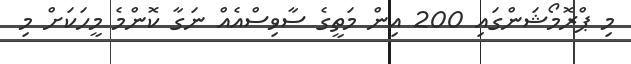
މި ޕްރޮމޯޝަންގައި 200 އިން މަތީގެ ސާވިސްއެއް ނަގާ ކޮންމެ މީހަކަށް މި